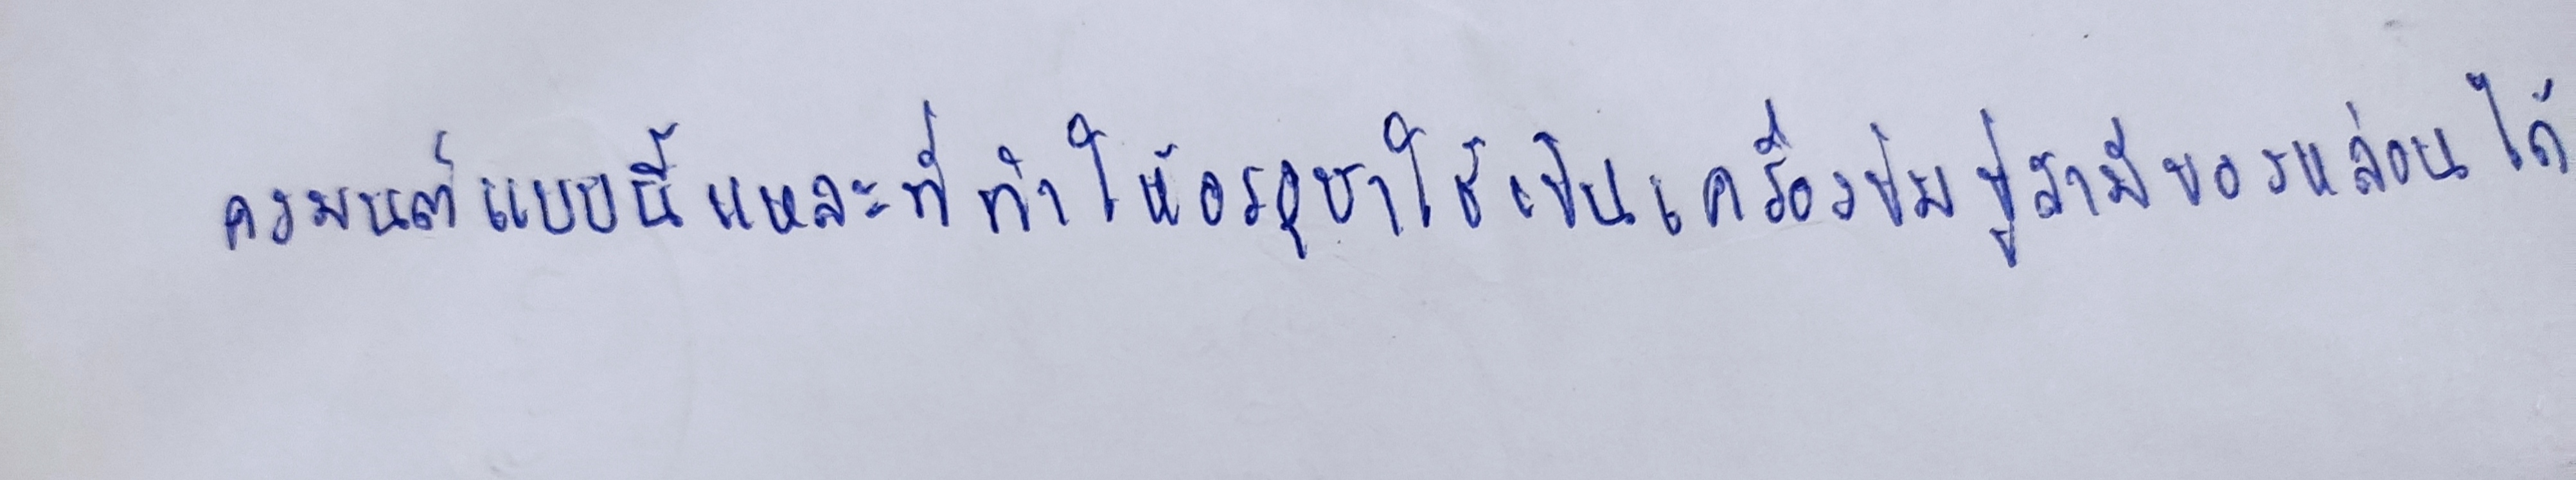
คงมนต์แบบนี้แหละที่ทำให้อรอุษาใช้เป็นเครื่องข่มขู่สามีของหล่อนได้